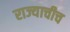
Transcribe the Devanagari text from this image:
राज्याचीच